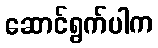
ဆောင်ရွက်ပါက